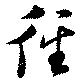
徑